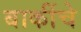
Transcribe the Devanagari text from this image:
बाकींचे